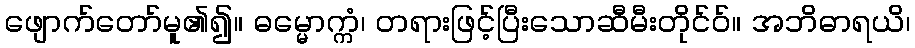
ဖျောက်တော်မူ၏၍။ ဓမ္မောက္ကံ၊ တရားဖြင့်ပြီးသောဆီမီးတိုင်ဝ်။ အဘိဓာရယိ၊